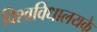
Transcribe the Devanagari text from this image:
विश्वविधालयके